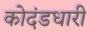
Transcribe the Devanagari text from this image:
कोदंडधारी